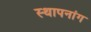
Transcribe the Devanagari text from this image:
स्थापनांग